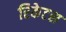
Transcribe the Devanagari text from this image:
रिकेटस